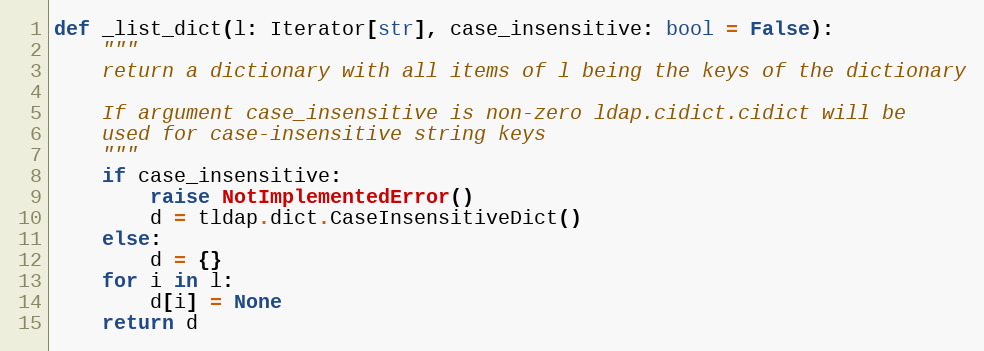
Language: Python
def _list_dict(l: Iterator[str], case_insensitive: bool = False):
    """
    return a dictionary with all items of l being the keys of the dictionary

    If argument case_insensitive is non-zero ldap.cidict.cidict will be
    used for case-insensitive string keys
    """
    if case_insensitive:
        raise NotImplementedError()
        d = tldap.dict.CaseInsensitiveDict()
    else:
        d = {}
    for i in l:
        d[i] = None
    return d